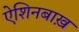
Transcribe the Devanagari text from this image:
ऐशिनबाख़